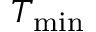
T _ { \mathrm { m i n } }